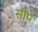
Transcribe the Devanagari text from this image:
सौंपें